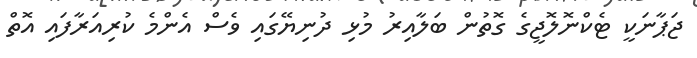
ޖަޕާނަކީ ޓެކްނޮލޮޖީގެ ގޮތުން ބަލާއިރު މުޅި ދުނިޔޭގައި ވެސް އެންމެ ކުރިއަރާފައި އޮތް